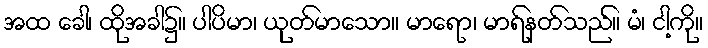
အထ ခေါ၊ ထိုအခါ၌။ ပါပိမာ၊ ယုတ်မာသော။ မာရော၊ မာရ်နတ်သည်။ မံ၊ ငါ့ကို။